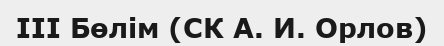
III Бөлім (СК А. И. Орлов)